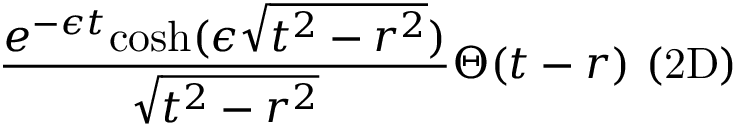
\frac { e ^ { - \epsilon t } \mathrm { c o s h } ( \epsilon \sqrt { t ^ { 2 } - r ^ { 2 } } ) } { \sqrt { t ^ { 2 } - r ^ { 2 } } } \Theta ( t - r ) \ \mathrm { ( 2 D ) }